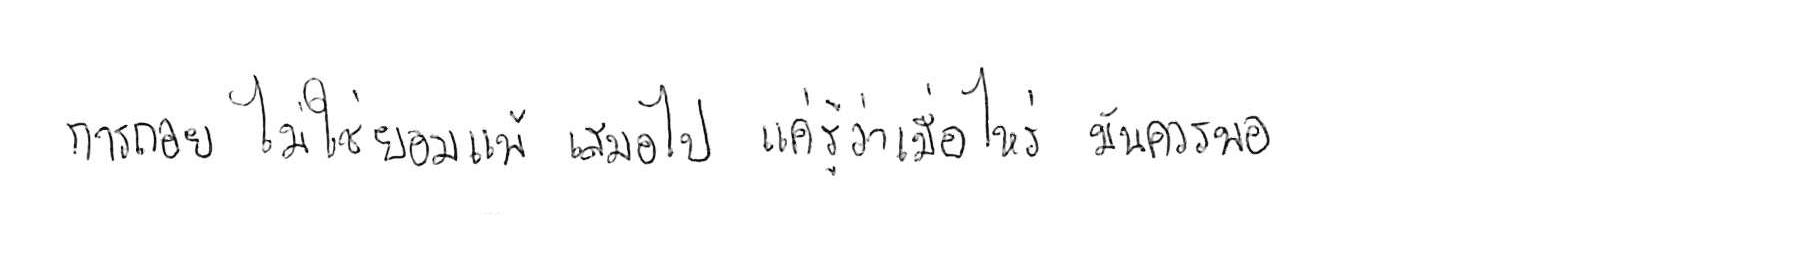
การถอย ไม่ใช่ยอมแพ้ เสมอไป แค่รู้ว่าเมื่อไหร่ มันควรพอ